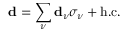
\mathbf { d } = \sum _ { \nu } \mathbf { d } _ { \nu } \sigma _ { \nu } + \mathrm { h . c . }